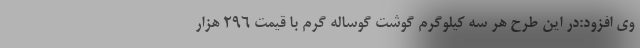
وی افزود:در این طرح هر سه کیلوگرم گوشت گوساله گرم با قیمت 296 هزار